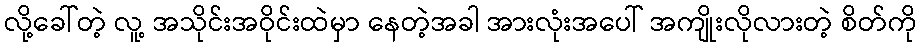
လို့ခေါ်တဲ့ လူ့ အသိုင်းအဝိုင်းထဲမှာ နေတဲ့အခါ အားလုံးအပေါ် အကျိုးလိုလားတဲ့ စိတ်ကို